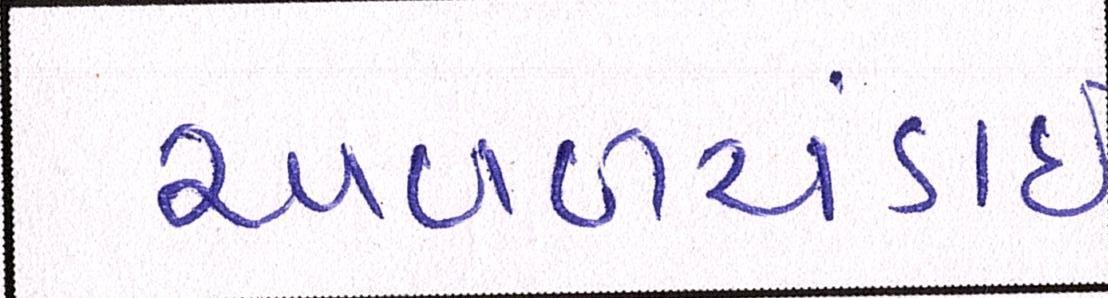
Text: અવળચંડાઇ